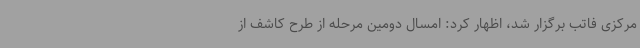
مرکزی فاتب برگزار شد، اظهار کرد: امسال دومین مرحله از طرح کاشف از